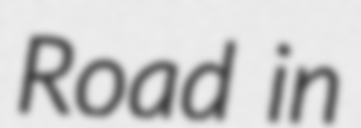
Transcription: Road in